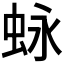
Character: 𮶽